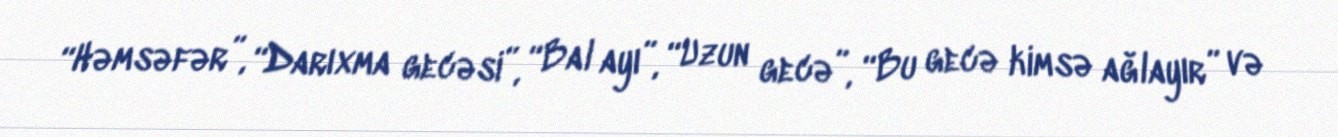
“Həmsəfər”, “Darıxma gecəsi”, “Bal ayı”, “Uzun gecə”, “Bu gecə kimsə ağlayır” və